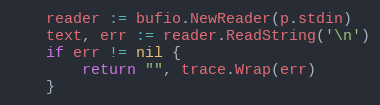
Language: Go
	reader := bufio.NewReader(p.stdin)
	text, err := reader.ReadString('\n')
	if err != nil {
		return "", trace.Wrap(err)
	}